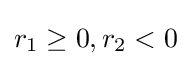
r_{1}\geq 0,r_{2}<0